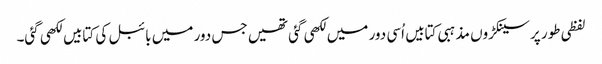
لفظی طور پر سینکڑوں مذہبی کتابیں اُسی دور میں لکھی گئی تھیں جس دور میں بائبل کی کتابیں لکھی گئی۔